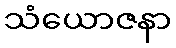
သံယောဇနာ